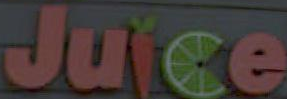
Juice